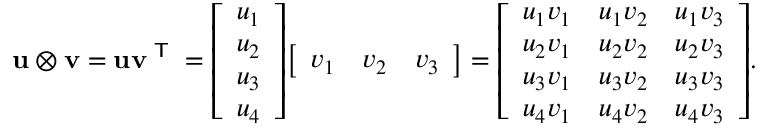
\mathbf { u } \otimes \mathbf { v } = \mathbf { u } \mathbf { v } ^ { \textsf { T } } = { \left[ \begin{array} { l } { u _ { 1 } } \\ { u _ { 2 } } \\ { u _ { 3 } } \\ { u _ { 4 } } \end{array} \right] } { \left[ \begin{array} { l l l } { v _ { 1 } } & { v _ { 2 } } & { v _ { 3 } } \end{array} \right] } = { \left[ \begin{array} { l l l } { u _ { 1 } v _ { 1 } } & { u _ { 1 } v _ { 2 } } & { u _ { 1 } v _ { 3 } } \\ { u _ { 2 } v _ { 1 } } & { u _ { 2 } v _ { 2 } } & { u _ { 2 } v _ { 3 } } \\ { u _ { 3 } v _ { 1 } } & { u _ { 3 } v _ { 2 } } & { u _ { 3 } v _ { 3 } } \\ { u _ { 4 } v _ { 1 } } & { u _ { 4 } v _ { 2 } } & { u _ { 4 } v _ { 3 } } \end{array} \right] } .